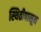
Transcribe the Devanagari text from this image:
स्थितीपासून